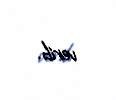
verib.